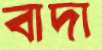
বাদা